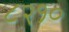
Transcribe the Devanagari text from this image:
८२१०